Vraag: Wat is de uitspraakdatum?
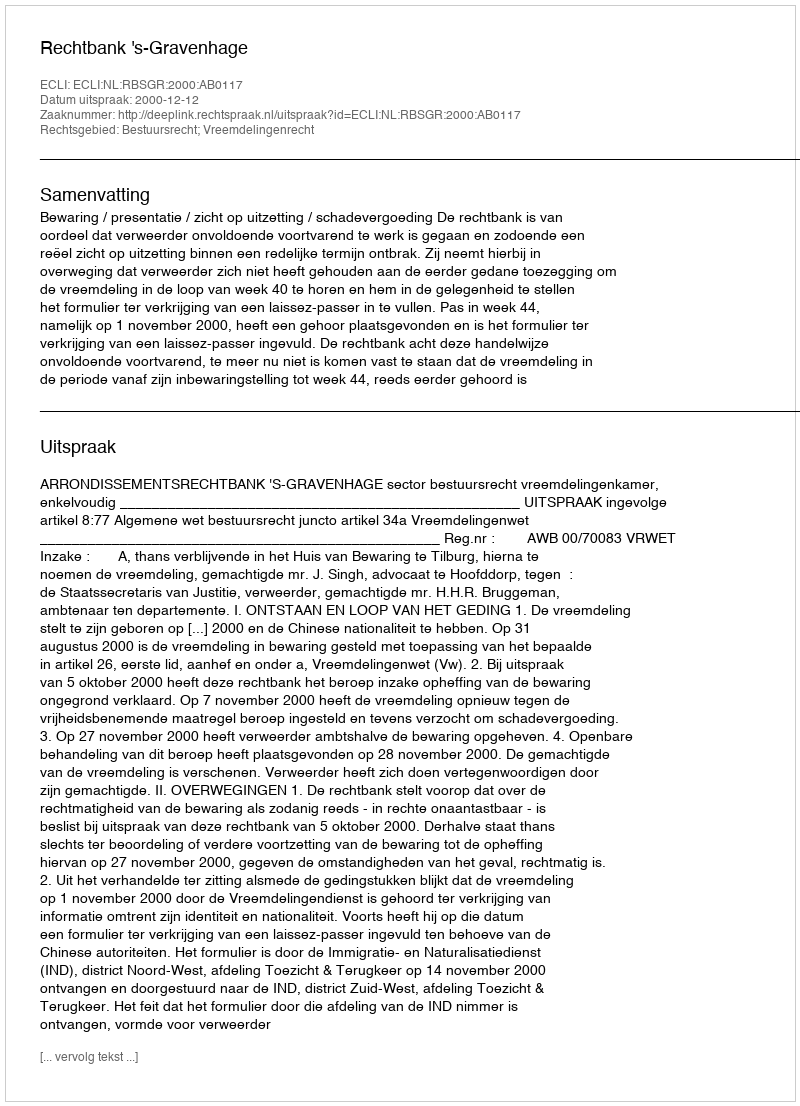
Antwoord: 2000-12-12